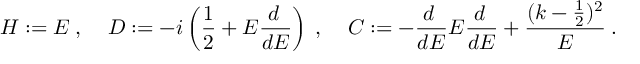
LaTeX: H : = E \: , \: \: \: \: \: D : = - i \left( \frac { 1 } { 2 } + E \frac { d \: } { d E } \right) \: , \: \: \: \: \: C : = - \frac { d \: } { d E } E \frac { d \: } { d E } + \frac { ( k - \frac { 1 } { 2 } ) ^ { 2 } } { E } \: .